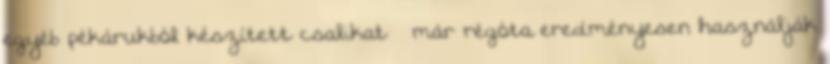
egyéb pékárukból készített csalikat – már régóta eredményesen használják